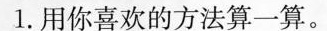
1.用你喜欢的方法算一算。